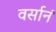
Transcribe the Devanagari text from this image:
वर्सानं